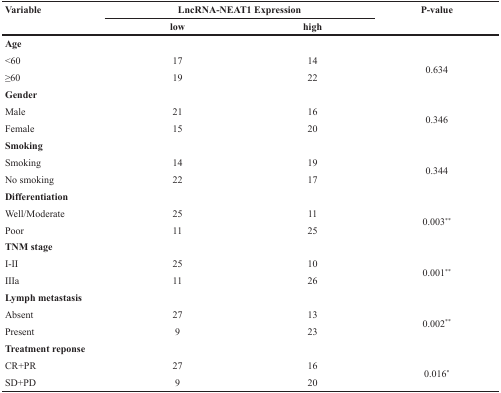
<table><thead><tr><td rowspan="2"><b>Variable</b></td><td colspan="2"><b>LncRNA-NEAT1 Expression</b></td><td rowspan="2"><b>P-value</b></td></tr><tr><td><b>low</b></td><td><b>high</b></td></tr></thead><tbody><tr><td colspan="4"><b>Age</b></td></tr><tr><td>&lt;60</td><td>17</td><td>14</td><td rowspan="2">0.634</td></tr><tr><td>≥60</td><td>19</td><td>22</td></tr><tr><td colspan="4"><b>Gender</b></td></tr><tr><td>Male</td><td>21</td><td>16</td><td rowspan="2">0.346</td></tr><tr><td>Female</td><td>15</td><td>20</td></tr><tr><td colspan="4"><b>Smoking</b></td></tr><tr><td>Smoking</td><td>14</td><td>19</td><td rowspan="2">0.344</td></tr><tr><td>No smoking</td><td>22</td><td>17</td></tr><tr><td colspan="4"><b>Differentiation</b></td></tr><tr><td>Well/Moderate</td><td>25</td><td>11</td><td rowspan="2">0.003<sup>**</sup></td></tr><tr><td>Poor</td><td>11</td><td>25</td></tr><tr><td colspan="4"><b>TNM stage</b></td></tr><tr><td>I-II</td><td>25</td><td>10</td><td rowspan="2">0.001<sup>**</sup></td></tr><tr><td>IIIa</td><td>11</td><td>26</td></tr><tr><td colspan="4"><b>Lymph metastasis</b></td></tr><tr><td>Absent</td><td>27</td><td>13</td><td rowspan="2">0.002<sup>**</sup></td></tr><tr><td>Present</td><td>9</td><td>23</td></tr><tr><td colspan="4"><b>Treatment reponse</b></td></tr><tr><td>CR+PR</td><td>27</td><td>16</td><td rowspan="2">0.016<sup>*</sup></td></tr><tr><td>SD+PD</td><td>9</td><td>20</td></tr></tbody></table>